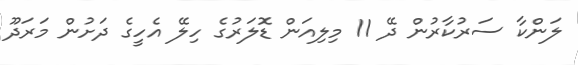
ލަންކާ ސަރުކާރުން ދޭ 11 މިލިއަން ޑޮލަރުގެ ހިލޭ އެހީގެ ދަށުން މަރަދޫ